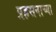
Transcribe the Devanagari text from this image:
प्रहसनाच्या